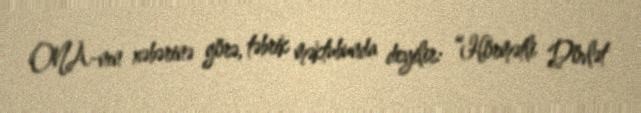
ONA-nın xəbərinə görə, təbrik məktubunda deyilir: “Hörmətli Dövlət